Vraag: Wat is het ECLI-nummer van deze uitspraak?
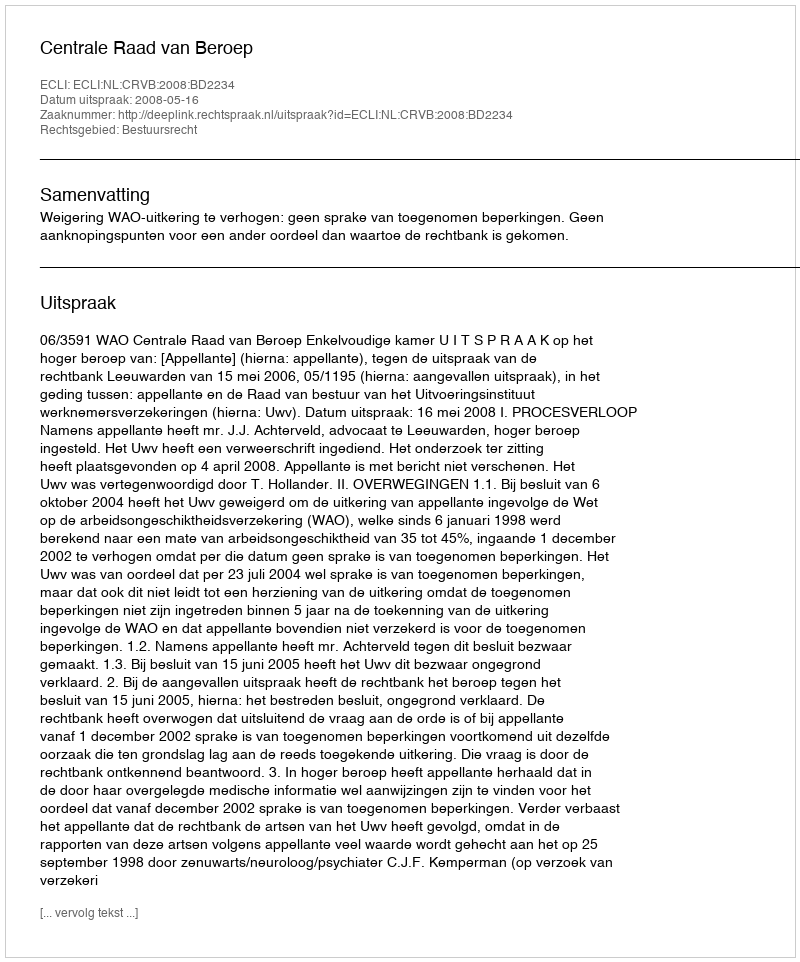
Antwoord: ECLI:NL:CRVB:2008:BD2234